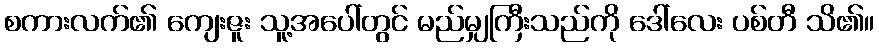
စကားလက်၏ ကျေးဇူး သူ့အပေါ်တွင် မည်မျှကြီးသည်ကို ဒေါ်လေး ပစ်တီ သိ၏။